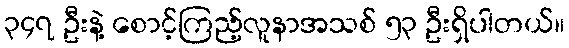
၃၄၇ ဦးနဲ့ စောင့်ကြည့်လူနာအသစ် ၅၃ ဦးရှိပါတယ်။